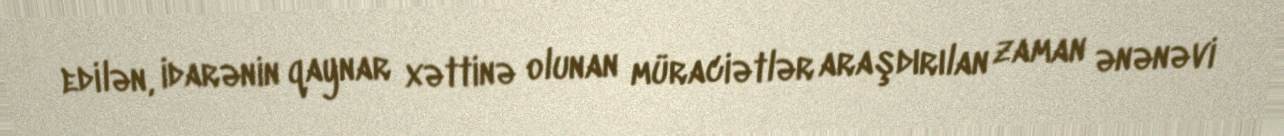
edilən, idarənin qaynar xəttinə olunan müraciətlər araşdırılan zaman ənənəvi